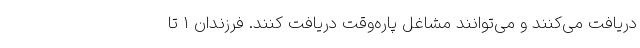
دریافت می‌کنند و می‌توانند مشاغل پاره‌وقت دریافت کنند. فرزندان ۱ تا